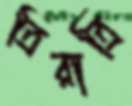
ত্রিরাত্রি